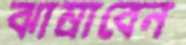
ঝাম্‌রাবেন